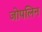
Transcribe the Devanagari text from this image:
जोपलिन